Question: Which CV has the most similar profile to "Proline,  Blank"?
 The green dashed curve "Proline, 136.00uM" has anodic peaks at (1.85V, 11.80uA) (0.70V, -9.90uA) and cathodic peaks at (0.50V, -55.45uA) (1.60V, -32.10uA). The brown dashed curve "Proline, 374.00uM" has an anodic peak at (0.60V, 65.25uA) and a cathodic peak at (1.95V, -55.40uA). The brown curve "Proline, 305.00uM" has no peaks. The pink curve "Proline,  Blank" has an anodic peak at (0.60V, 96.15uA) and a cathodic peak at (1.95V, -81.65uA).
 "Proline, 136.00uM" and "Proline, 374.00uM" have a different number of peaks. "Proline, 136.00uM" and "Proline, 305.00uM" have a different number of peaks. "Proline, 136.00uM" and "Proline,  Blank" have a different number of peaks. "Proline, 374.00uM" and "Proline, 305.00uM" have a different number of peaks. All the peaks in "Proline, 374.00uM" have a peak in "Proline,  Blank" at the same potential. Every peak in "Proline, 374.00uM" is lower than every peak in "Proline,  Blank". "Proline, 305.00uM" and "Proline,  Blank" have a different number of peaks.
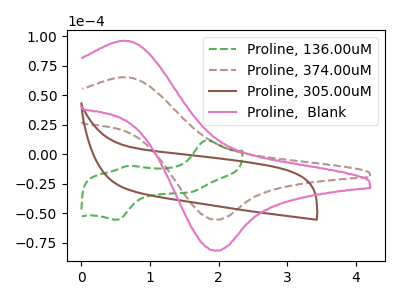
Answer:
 <answer>The CV with the most similar shape to "Proline, 374.00uM" is "Proline,  Blank".</answer>
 <eval>"Proline,  Blank"</eval>